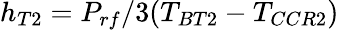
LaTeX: h_{T2}=P_{rf}/3(T_{BT2}-T_{CCR2})